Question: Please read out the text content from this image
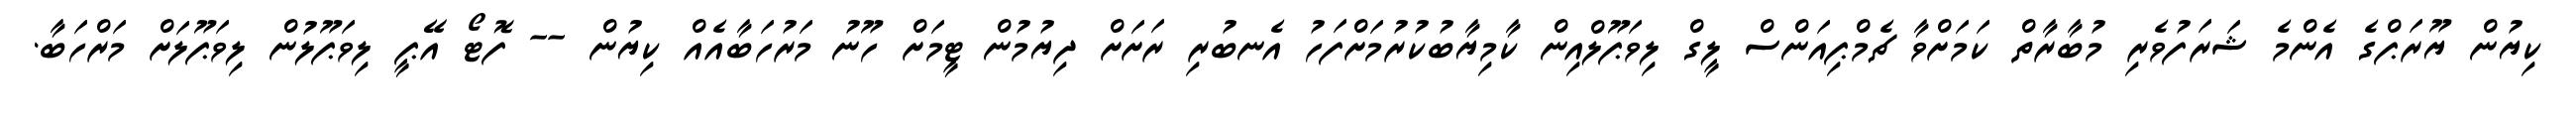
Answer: ކިޔުން ޔޫރަޕްގެ އެންމެ ޝަރަފުވެރި މުބާރާތް ކަމަށްވާ ޗެމްޕިއަންސް ލީގް ލިވަޕޫލްއިން ކާމިޔާބުކުރުމަށްފަހު އެނބުރި ރަށަށް ދިޔުމުން ޓީމަށް ހޫނު މަރުހަބާއެއް ކިޔުން -- ފޮޓޯ އޭޕީ ލިވަޕޫލުން ލިވަޕޫލަށް މަރްހަބާ.